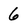
Character: 6